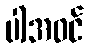
ပါအဝင်